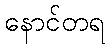
နောင်တရ